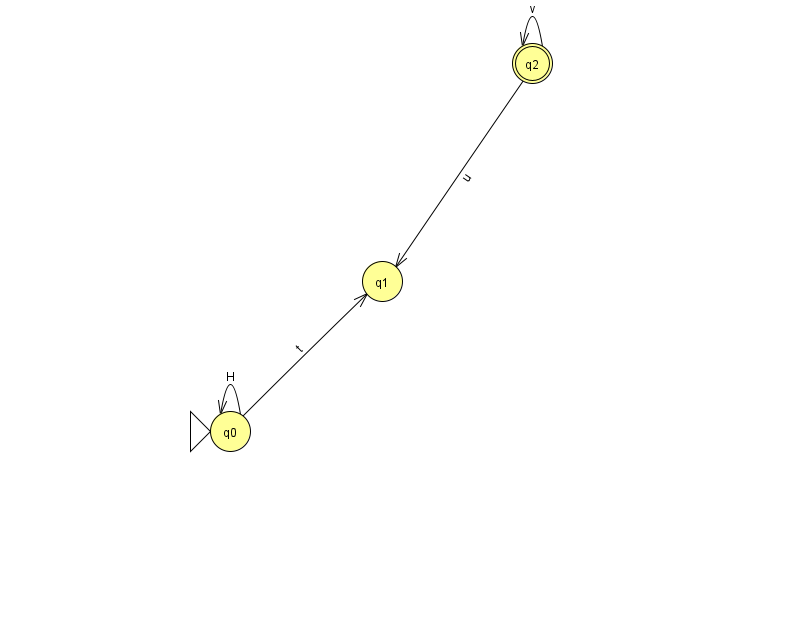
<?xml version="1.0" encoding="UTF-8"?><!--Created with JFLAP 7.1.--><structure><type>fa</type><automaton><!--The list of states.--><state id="0" name="q0"><x>230.0</x><y>418.0</y><initial/></state><state id="1" name="q1"><x>382.0</x><y>268.0</y></state><state id="2" name="q2"><x>532.0</x><y>50.0</y><final/></state><!--The list of transitions.--><transition><from>0</from><to>1</to><read>t</read></transition><transition><from>2</from><to>1</to><read>u</read></transition><transition><from>2</from><to>2</to><read>v</read></transition><transition><from>0</from><to>0</to><read>H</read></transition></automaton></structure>